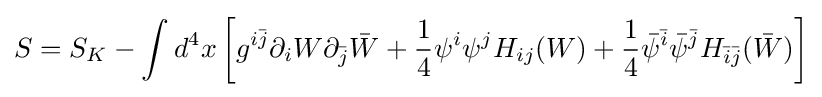
S=S_{K}-\int d^{4}x\left[g^{i{\bar {j}}}\partial _{i}W\partial _{\bar {j}}{\bar {W}}+{\frac {1}{4}}\psi ^{i}\psi ^{j}H_{ij}(W)+{\frac {1}{4}}{\bar {\psi }}^{\bar {i}}{\bar {\psi }}^{\bar {j}}H_{{\bar {i}}{\bar {j}}}({\bar {W}})\right]